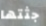
جثتها